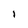
Character: l